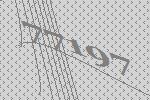
77197